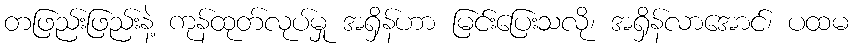
တဖြည်းဖြည်းနဲ့ ကုန်ထုတ်လုပ်မှု အရှိန်ဟာ မြင်းပြေးသလို၊ အရှိန်လာအောင်၊ ပထမ